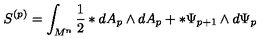
S ^ { ( p ) } = \int _ { M ^ { n } } ^ { } { \frac { 1 } { 2 } } \ast d A _ { p } \wedge d A _ { p } + \ast \Psi _ { p + 1 } \wedge d \Psi _ { p }